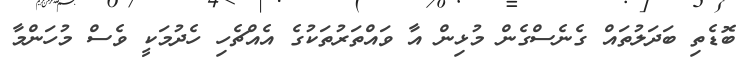
ބޮޑެތި ބަދަލުތައް ގެނެސްގެން މުޅިން އާ ވައްތަރުތަކުގެ އެއްޗެހި ހެދުމަކީ ވެސް މުހަންމާ